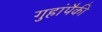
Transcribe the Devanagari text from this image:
गुहांपैकी